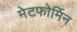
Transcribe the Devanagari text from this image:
मेटफोर्मिन